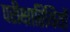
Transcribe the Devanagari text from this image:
परीक्षारिथियों